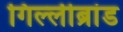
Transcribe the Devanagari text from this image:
गिल्लीब्रांड